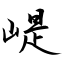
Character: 崼